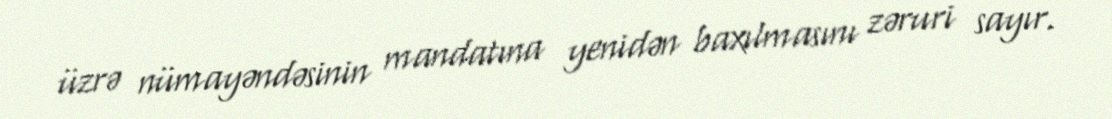
üzrə nümayəndəsinin mandatına yenidən baxılmasını zəruri sayır.